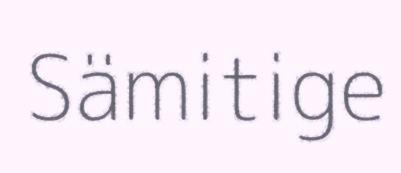
Sämitige